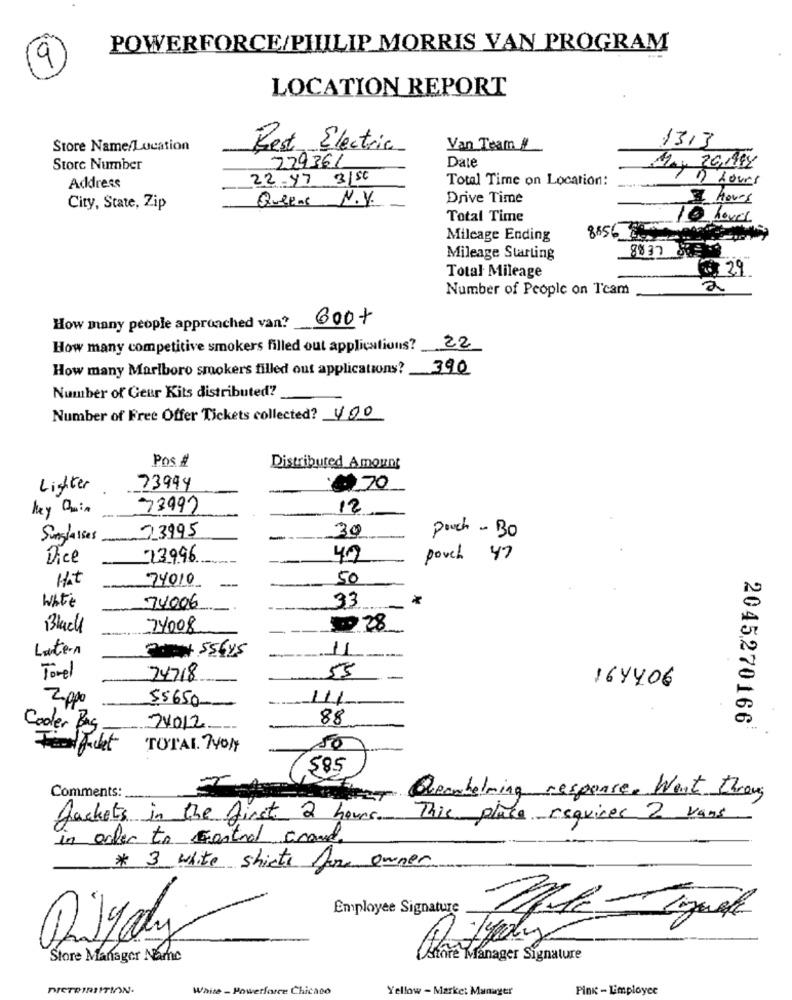
POWERFORCE/PHILIP MORRIS VAN PROGRAM
9
LOCATION REPORT
Store Name/Location
Best Electric
Van Team #
1313
229361
Date
Store Number
1 ., 26,184
22-47 3156
Total Time on Location:
Address
+3 hours
Queens N.Y.
Drive Time
2 hours
City, State, Zip
Total Time
10 hours
Mileage Ending
8856
Mileage Starting
Total Mileage
39
Number of People on Team
600+
How many people approached van?
How many competitive smokers filled out applications? 22
How many Marlboro smokers filled out applications? 390
Number of Geur Kits distributed?
Number of Free Offer Tickets collected? 400
Pos #
Distributed Amount
Lighter
73944
70
hey Quin
73992
12
30
Sunglasses
23995
pouch - Bo
Dice
73996
47
pouch 47
74010
50
wate
*
74006
33
Black
74008
19 28
Laten
11
Towel
24718
55
164406
2.0po
55650-
141
88
2045270166
Cooler Bag
24012
TOTAL. 740/4
50
$85
Comments:
Queawhelming response. Went throug
Jackets in the first 2 hours.
This place requires 2 vans
in order to control Grand.
* 3 white shirts for owner
Employee Signature
Dilyady
Store Manager Name
store Manager Signature
DIETRIRIITIN.
White - Powerforce Chicaco
Yellow - Market Manager
Pink - Limployee